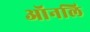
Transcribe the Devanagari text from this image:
ऑनलि